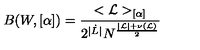
B ( W , [ \alpha ] ) = \frac { < { \cal L } > _ { [ \alpha ] } } { 2 ^ { | \dot { L } | } N ^ { \frac { | { \cal L } | + \nu ( { \cal L } ) } { 2 } } }